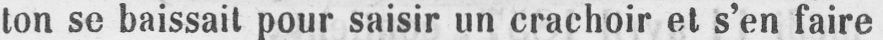
ton se baissait pour saisir un crachoir et s’en faire